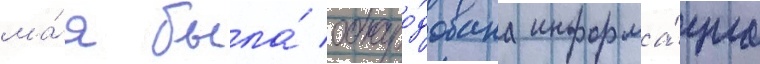
ма́я была́ обнаро́дована информа́циа